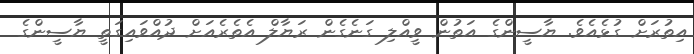
އިތުރަށް ގުޅެއެވެ. ޔާސީންގެ އަތުން ވީއްލި ގަނެގެން ރަޔާލް އެތެރެއަށް ދުއްވައިގަތީ ޔާސީންގެ